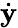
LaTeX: \dot{\mathbf{y}}